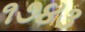
૧૭૪૩